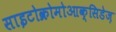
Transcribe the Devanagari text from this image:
साइटोक्रोमोआक्सिडेज़